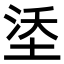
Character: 𪣡